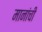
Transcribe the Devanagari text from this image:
मानांची